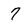
Character: 7